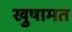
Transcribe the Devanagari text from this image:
खुषामत